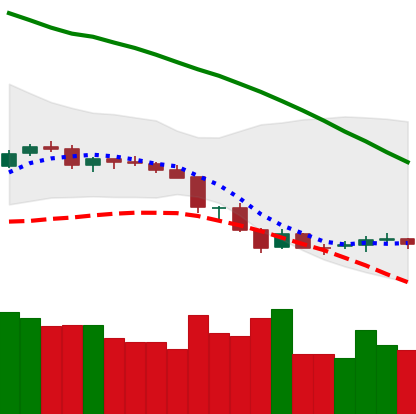
Ticker: NEO-USD
Chart end date: 2018-06-20
Forward return: -18.556%
Label: down_7plus